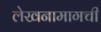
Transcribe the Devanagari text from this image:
लेखनामागची